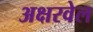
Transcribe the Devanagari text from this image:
अक्षरवेल